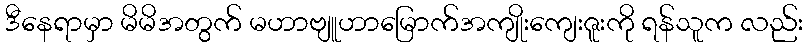
ဒီနေရာမှာ မိမိအတွက် မဟာဗျူဟာမြောက်အကျိုးကျေးဇူးကို ရန်သူက လည်း